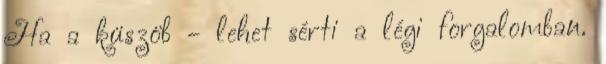
Ha a küszöb - lehet sérti a légi forgalomban.